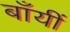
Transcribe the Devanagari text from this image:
बाँयीं